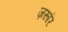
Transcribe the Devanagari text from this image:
ज़रूरि